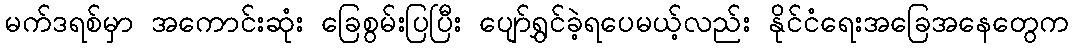
မက်ဒရစ်မှာ အကောင်းဆုံး ခြေစွမ်းပြပြီး ပျော်ရွှင်ခဲ့ရပေမယ့်လည်း နိုင်ငံရေးအခြေအနေတွေက